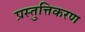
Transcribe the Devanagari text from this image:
प्रस्तुत्तिकरण